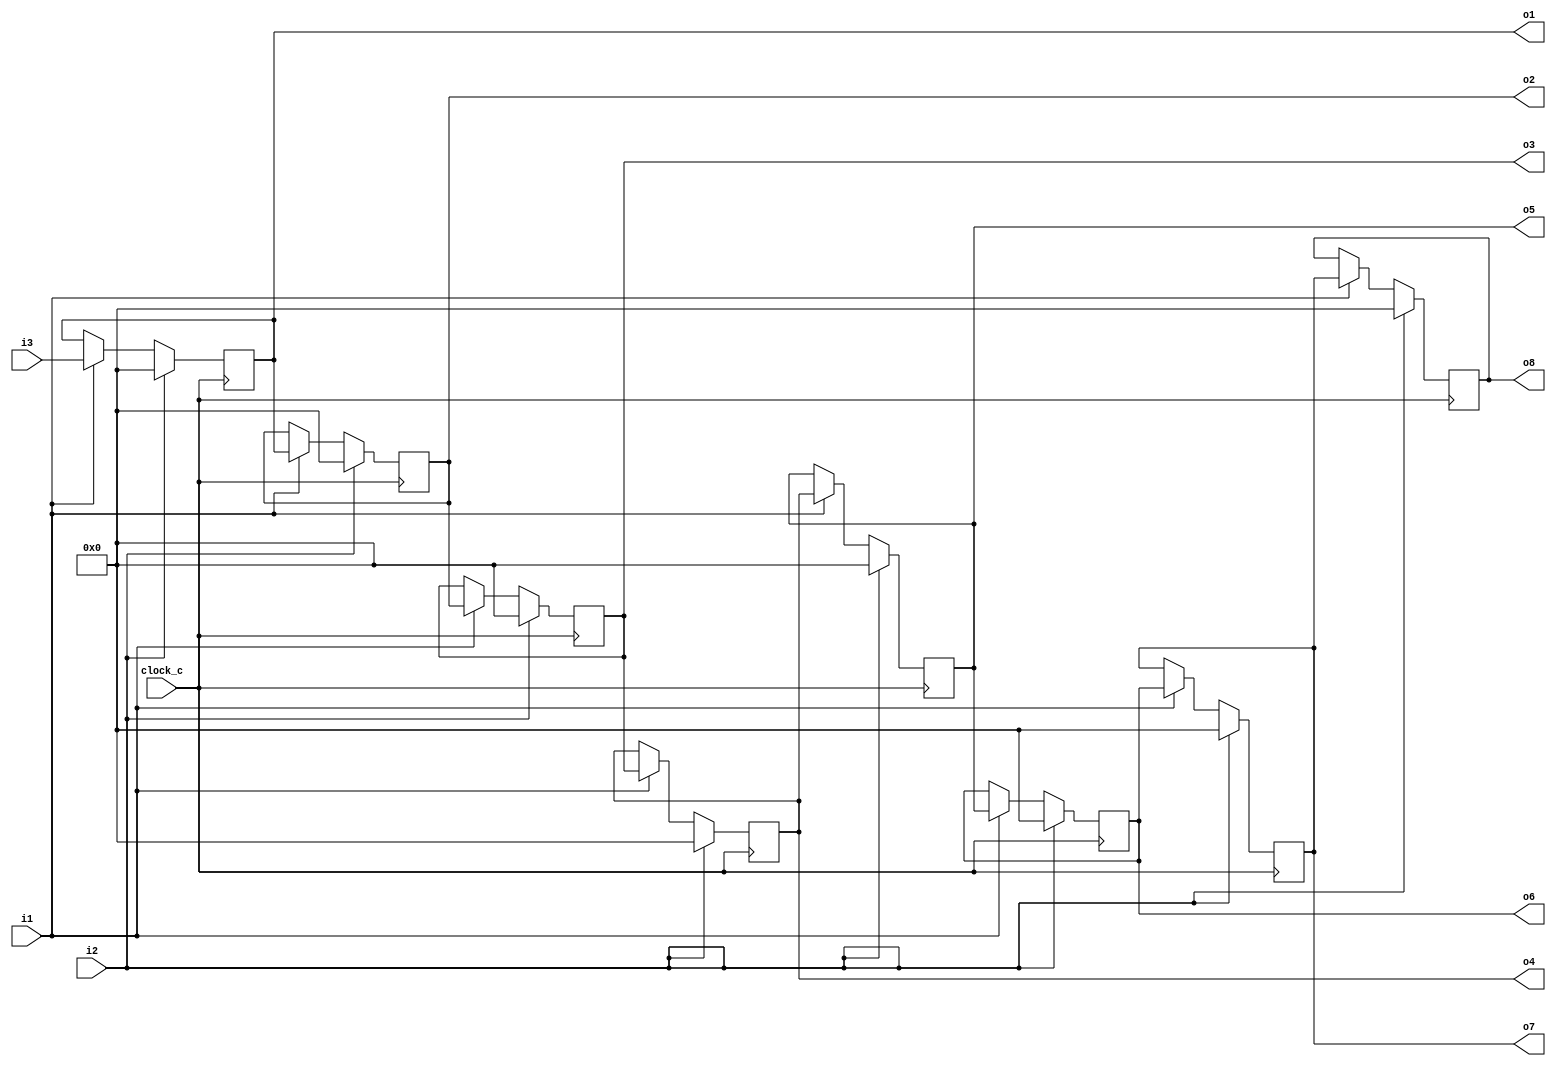
module cf_fir_24_16_16_26 (clock_c, i1, i2, i3, o1, o2, o3, o4, o5, o6, o7, o8);
input  clock_c;
input  i1;
input  i2;
input  [15:0] i3;
output [15:0] o1;
output [15:0] o2;
output [15:0] o3;
output [15:0] o4;
output [15:0] o5;
output [15:0] o6;
output [15:0] o7;
output [15:0] o8;
reg    [15:0] n1;
reg    [15:0] n2;
reg    [15:0] n3;
reg    [15:0] n4;
reg    [15:0] n5;
reg    [15:0] n6;
reg    [15:0] n7;
reg    [15:0] n8;
always @ (posedge clock_c)
begin
  if (i2 == 1'b1)
    n1 <= 16'b0000000000000000;
  else if (i1 == 1'b1)
    n1 <= i3;
  if (i2 == 1'b1)
    n2 <= 16'b0000000000000000;
  else if (i1 == 1'b1)
    n2 <= n1;
  if (i2 == 1'b1)
    n3 <= 16'b0000000000000000;
  else if (i1 == 1'b1)
    n3 <= n2;
  if (i2 == 1'b1)
    n4 <= 16'b0000000000000000;
  else if (i1 == 1'b1)
    n4 <= n3;
  if (i2 == 1'b1)
    n5 <= 16'b0000000000000000;
  else if (i1 == 1'b1)
    n5 <= n4;
  if (i2 == 1'b1)
    n6 <= 16'b0000000000000000;
  else if (i1 == 1'b1)
    n6 <= n5;
  if (i2 == 1'b1)
    n7 <= 16'b0000000000000000;
  else if (i1 == 1'b1)
    n7 <= n6;
  if (i2 == 1'b1)
    n8 <= 16'b0000000000000000;
  else if (i1 == 1'b1)
    n8 <= n7;
end
assign o8 = n8;
assign o7 = n7;
assign o6 = n6;
assign o5 = n5;
assign o4 = n4;
assign o3 = n3;
assign o2 = n2;
assign o1 = n1;
endmodule